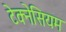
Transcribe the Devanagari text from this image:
टेक्नेसियम